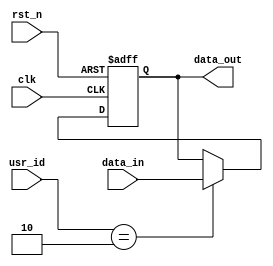
//copilot mean_prob: 0.7163244332323271
//This file was assembled by gen.py, written by redactedAuthorFirstname redactedAuthorLastname.
module user_locked_register(data_out, usr_id, data_in, clk, rst_n);
output reg [7:0] data_out;
input wire [1:0] usr_id;
input wire [7:0] data_in;
input wire clk, rst_n;

//write data_in to data_out only when usr_id is 2'h2
//-copilot next line-
//copilot mean_prob: 0.7163244332323271

always @(posedge clk or negedge rst_n)
begin
  if (rst_n == 0)
  begin
    data_out <= 0;
  end
  else if(usr_id == 2)
  begin
    data_out <= data_in;
  end
end




endmodule